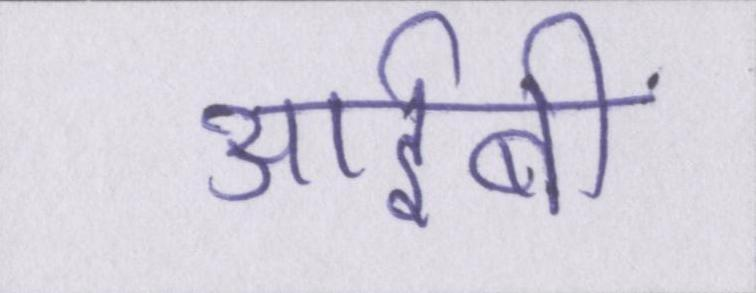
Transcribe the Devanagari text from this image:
आईबी